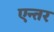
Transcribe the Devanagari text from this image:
एन्तर